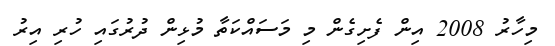
މިހާރު 2008 އިން ފެށިގެން މި މަސައްކަތާ މުޅިން ދުރުގައި ހުރި އިރު